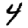
Digit: 4